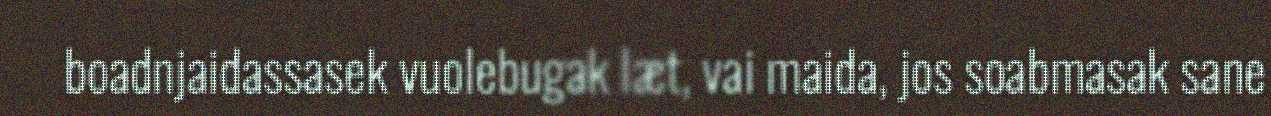
boadnjaidassasek vuolebugak læt, vai maida, jos soabmasak sane